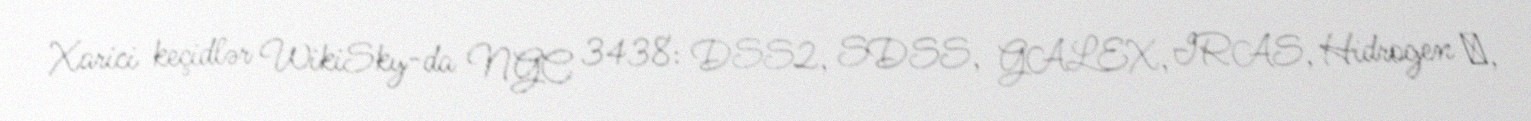
Xarici keçidlər WikiSky-da NGC 3438: DSS2, SDSS, GALEX, IRAS, Hidrogen α,